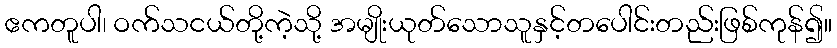
ဧကတူပါ၊ ဝက်သငယ်တို့ကဲ့သို့ အမျိုးယုတ်သောသူနှင့်တပေါင်းတည်းဖြစ်ကုန်၍။